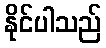
နိုင်ပါသည်